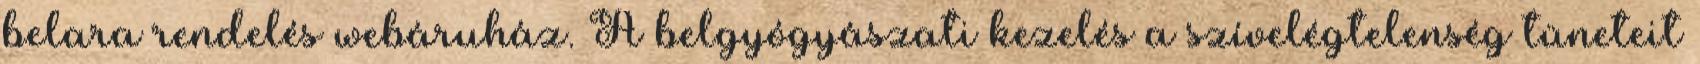
belara rendelés webáruház. A belgyógyászati kezelés a szívelégtelenség tüneteit